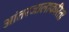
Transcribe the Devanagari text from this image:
आंतरजालाकरिता